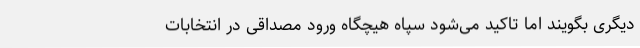
دیگری بگویند اما تاکید می‌شود سپاه هیچگاه ورود مصداقی در انتخابات